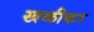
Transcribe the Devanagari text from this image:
खळीकर